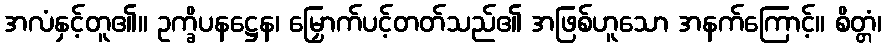
အလံနှင့်တူ၏။ ဥက္ခိပနဋ္ဌေန၊ မြှောက်ပင့်တတ်သည်၏ အဖြစ်ဟူသော အနက်ကြောင့်။ စိတ္တံ၊